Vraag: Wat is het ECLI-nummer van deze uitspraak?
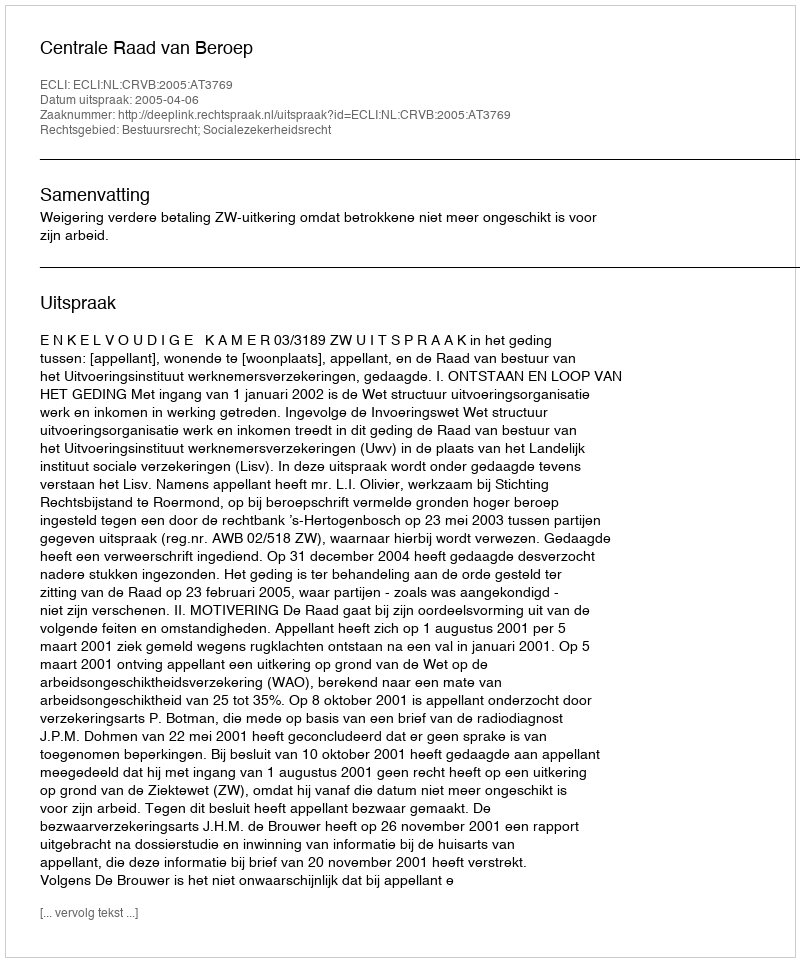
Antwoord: ECLI:NL:CRVB:2005:AT3769